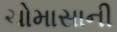
ચોમાસાની